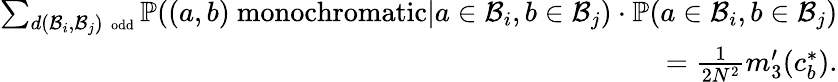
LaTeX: \begin{array}{r}{\sum_{d(\mathcal{B}_{i},\mathcal{B}_{j})\mathrm{~\scriptsize~odd}}\mathbb{P}((a,b)\mathrm{~monochromatic}|a\in\mathcal{B}_{i},b\in\mathcal{B}_{j})\cdot\mathbb{P}(a\in\mathcal{B}_{i},b\in\mathcal{B}_{j})}\\ {=\frac{1}{2N^{2}}m_{3}^{\prime}(c_{b}^{*}).}\end{array}